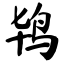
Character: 鸨